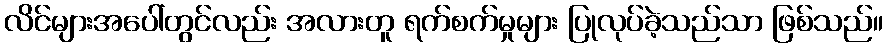
လိင်များအပေါ်တွင်လည်း အလားတူ ရက်စက်မှုများ ပြုလုပ်ခဲ့သည်သာ ဖြစ်သည်။